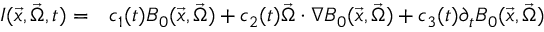
\begin{array} { r l } { I ( \vec { x } , \vec { \Omega } , t ) = } & { { } c _ { 1 } ( t ) B _ { 0 } ( \vec { x } , \vec { \Omega } ) + c _ { 2 } ( t ) \vec { \Omega } \cdot \nabla B _ { 0 } ( \vec { x } , \vec { \Omega } ) + c _ { 3 } ( t ) \partial _ { t } B _ { 0 } ( \vec { x } , \vec { \Omega } ) } \end{array}